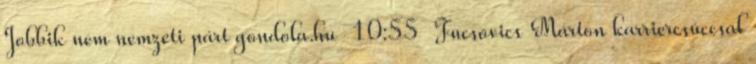
Jobbik nem nemzeti párt gondola.hu 10:55 Fucsovics Márton karriercsúccsal